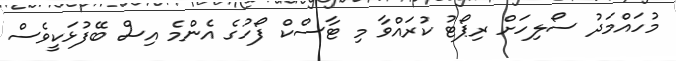
މުހައްމަދު ސޯލިހަށް ރިޕޯޓު ކުރައްވާ މި ޓާސްކް ފޯހުގެ އެންމެ އިސް ބޭފުޅަކީވެސް